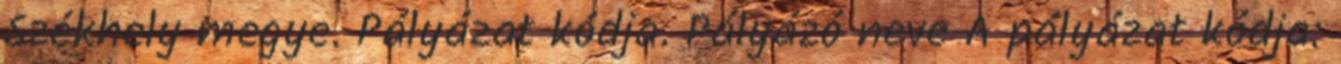
Székhely megye. Pályázat kódja. Pályázó neve A pályázat kódja: